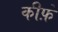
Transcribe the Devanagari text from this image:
कीफ़े